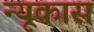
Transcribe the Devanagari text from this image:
न्यूकास